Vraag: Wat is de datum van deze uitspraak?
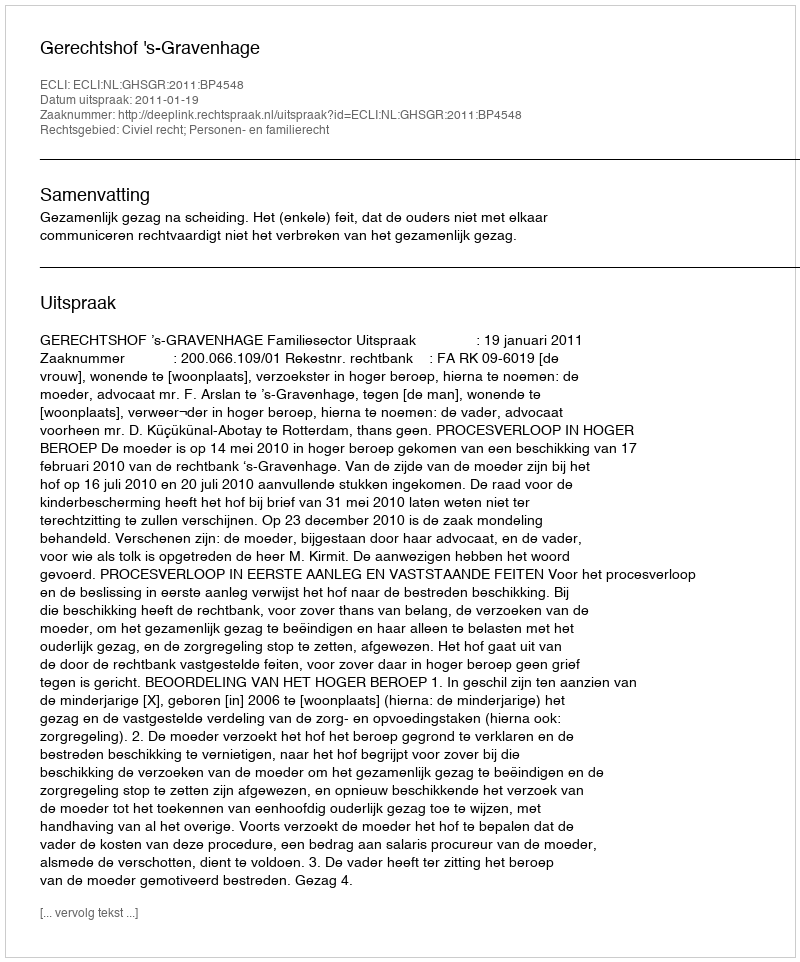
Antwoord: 2011-01-19